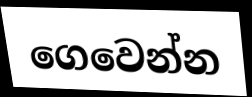
ගෙවෙන්න